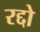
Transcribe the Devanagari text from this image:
रद्दो